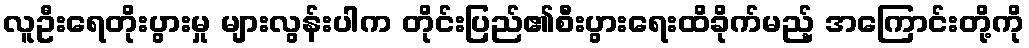
လူဦးရေတိုးပွားမှု များလွန်းပါက တိုင်းပြည်၏စီးပွားရေးထိခိုက်မည့် အကြောင်းတို့ကို